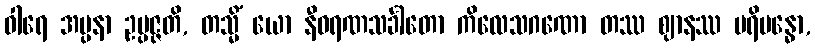
ဝါရေ အပ္ပနာ ဥပ္ပဇ္ဇတိ, တသ္မိံ ယော နီဝရဏသင်္ခါတော ကိလေသဂဏော တဿ ဈာနဿ ပရိဗန္ဓော,